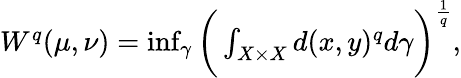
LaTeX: \begin{array}{r}{W^{q}(\mu,\nu)=\operatorname*{inf}_{\gamma}\bigg(\int_{X\times X}d(x,y)^{q}d\gamma\bigg)^{\frac{1}{q}},}\end{array}